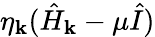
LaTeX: \eta_{\mathbf k}(\hat{H}_{\mathbf k}-\mu\hat{I})